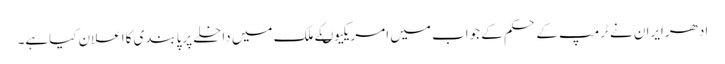
ادھرایران نے ٹرمپ کے حکم کے جواب میں امریکیوںکے ملک میں داخلے پرپابندی کااعلان کیاہے۔